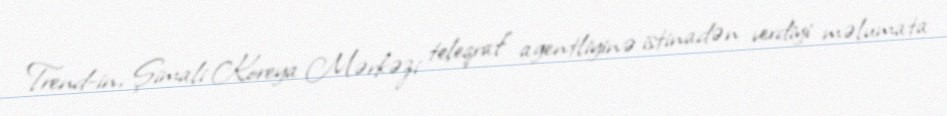
Trend-in, Şimali Koreya Mərkəzi teleqraf agentliyinə istinadən verdiyi məlumata